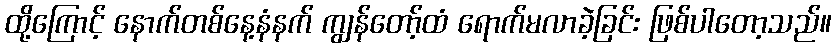
ထို့ကြောင့် နောက်တစ်နေ့နံနက် ကျွန်တော့်ထံ ရောက်မလာခဲ့ခြင်း ဖြစ်ပါတော့သည်။